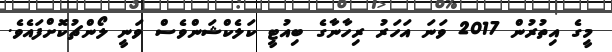
މީގެ އިތުރުން 2017 ވަނަ އަހަރު ރިހާނާގެ ބިއުޓީ ކަލެކްޝަންވެސް ވަނީ ލޯންޗުކޮށްފައެވެ.